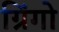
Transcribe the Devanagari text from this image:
ग्रिंगो